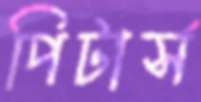
পিটার্স